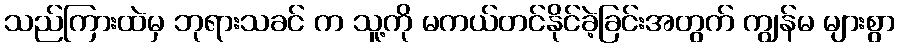
သည်ကြားထဲမှ ဘုရားသခင် က သူ့ကို မကယ်တင်နိုင်ခဲ့ခြင်းအတွက် ကျွန်မ များစွာ